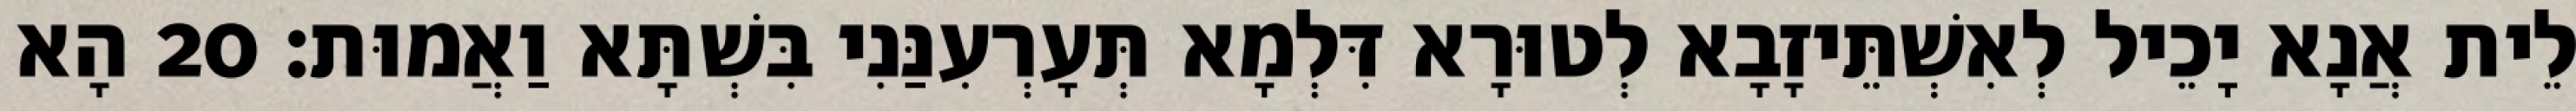
לֵית אֲנָא יָכֵיל לְאִשְׁתֵּיזָבָא לְטוּרָא דִּלְמָא תְּעָרְעִנַּנִי בִּשְׁתָּא וַאֲמוּת׃ 20 הָא